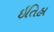
ઇતિહા